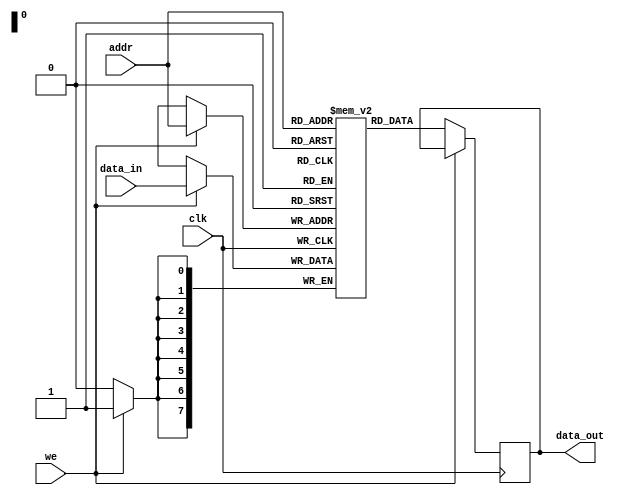
module parameterized_ram #(
    parameter DATA_WIDTH = 8,  // Width of each data word
    parameter ADDR_WIDTH = 8   // Number of address lines
) (
    input wire clk,             // Clock signal
    input wire we,              // Write enable signal
    input wire [ADDR_WIDTH-1:0] addr, // Address input
    input wire [DATA_WIDTH-1:0] data_in, // Input data bus
    output reg [DATA_WIDTH-1:0] data_out // Output data bus
);

    // Memory array declaration
    reg [DATA_WIDTH-1:0] ram [(2**ADDR_WIDTH)-1:0];

    // Read and Write operations
    always @(posedge clk) begin
        if (we) begin
            // Write operation
            ram[addr] <= data_in;
        end else begin
            // Read operation
            data_out <= ram[addr];
        end
    end

    // Optional: Asynchronous reset functionality
    // Uncomment the following lines if reset functionality is needed
    /*
    input wire rst; // Asynchronous reset signal
    always @(posedge clk or posedge rst) begin
        if (rst) begin
            integer i;
            for (i = 0; i < (2**ADDR_WIDTH); i = i + 1) begin
                ram[i] <= {DATA_WIDTH{1'b0}}; // Initialize memory to zero
            end
        end else begin
            if (we) begin
                ram[addr] <= data_in;
            end else begin
                data_out <= ram[addr];
            end
        end
    end
    */

endmodule